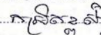
កម្រិតខ្ពស់